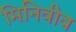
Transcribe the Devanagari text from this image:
मिनिवीव